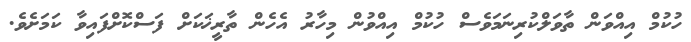
ހުކުމް އިއްވަން ތާވަލްކުރިނަމަވެސް ހުކުމް އިއްވުން މިހާރު އެހެން ތާރީޚަކަށް ފަސްކޮށްފައިވާ ކަމަށެވެ.